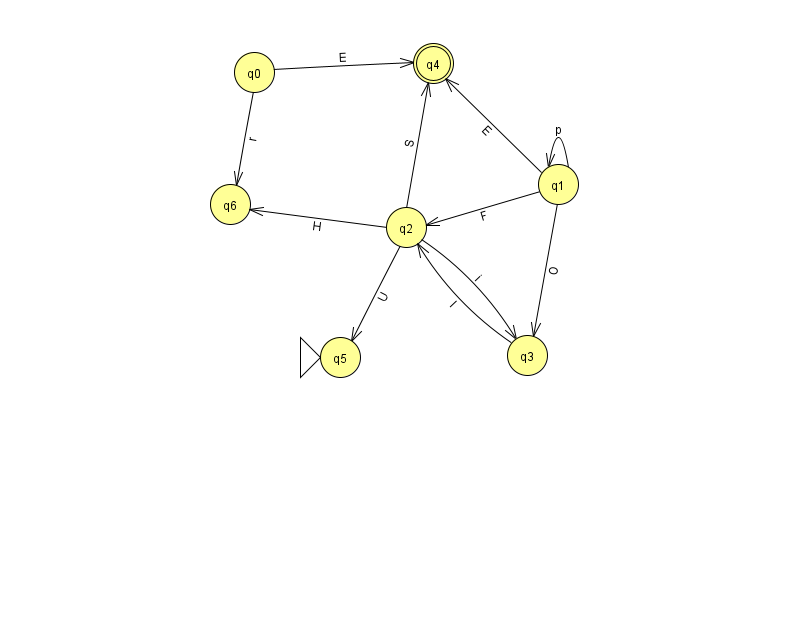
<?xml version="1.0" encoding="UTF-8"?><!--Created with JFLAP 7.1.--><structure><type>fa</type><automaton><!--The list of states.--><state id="0" name="q0"><x>254.0</x><y>59.0</y></state><state id="1" name="q1"><x>558.0</x><y>171.0</y></state><state id="2" name="q2"><x>406.0</x><y>214.0</y></state><state id="3" name="q3"><x>527.0</x><y>342.0</y></state><state id="4" name="q4"><x>433.0</x><y>50.0</y><final/></state><state id="5" name="q5"><x>340.0</x><y>344.0</y><initial/></state><state id="6" name="q6"><x>230.0</x><y>191.0</y></state><!--The list of transitions.--><transition><from>1</from><to>1</to><read>p</read></transition><transition><from>0</from><to>4</to><read>E</read></transition><transition><from>1</from><to>2</to><read>F</read></transition><transition><from>2</from><to>5</to><read>U</read></transition><transition><from>0</from><to>6</to><read>r</read></transition><transition><from>2</from><to>3</to><read>i</read></transition><transition><from>2</from><to>4</to><read>S</read></transition><transition><from>2</from><to>6</to><read>H</read></transition><transition><from>3</from><to>2</to><read>l</read></transition><transition><from>1</from><to>3</to><read>O</read></transition><transition><from>1</from><to>4</to><read>E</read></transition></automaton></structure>